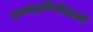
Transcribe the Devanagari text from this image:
उपमहानिरीक्षकों